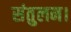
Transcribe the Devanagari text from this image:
संतुलन।